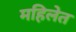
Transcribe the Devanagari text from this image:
महिलेत